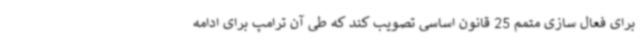
برای فعال سازی متمم 25 قانون اساسی تصویب کند که طی آن ترامپ برای ادامه